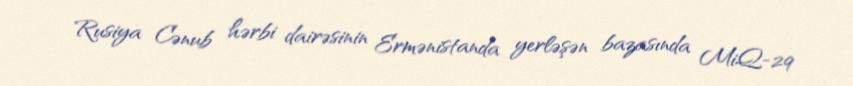
Rusiya Cənub hərbi dairəsinin Ermənistanda yerləşən bazasında MiQ-29